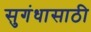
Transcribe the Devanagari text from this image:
सुगंधासाठी